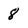
Character: 8